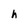
Character: h